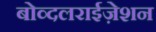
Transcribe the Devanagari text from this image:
बोव्दलराईज़ेशन